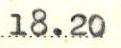
18.20